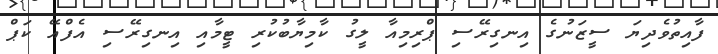
ފާއިތުވެދިޔަ ސީޒަނުގެ އިނގިރޭސި ޕްރިމިއާ ލީގު ކާމިޔާބުކުރި ޓީމާއި އިނގިރޭސި އެފްއޭ ކަޕް